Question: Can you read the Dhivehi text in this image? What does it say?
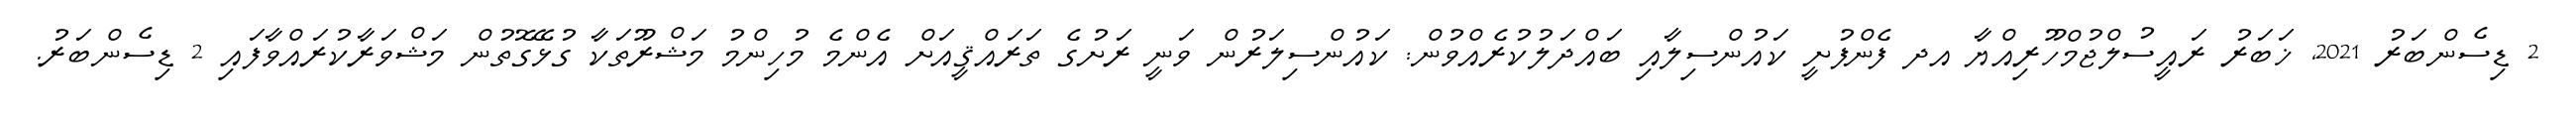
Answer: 2 ޑިސެންބަރު 2021, ޚަބަރު ރައީސުލްޖުމްހޫރިއްޔާ އދ ފެންފުށީ ކައުންސިލާއި ބައްދަލުކުރެއްވުން: ކައުންސިލަރުން ވަނީ ރަށުގެ ތަރައްޤީއަށް އެންމެ މުހިންމު މަޝްރޫތަކާ ގުޅޭގޮތުން މަޝްވަރާކުރައްވާފައި 2 ޑިސެންބަރު.